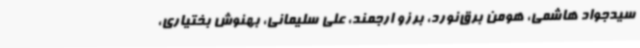
سیدجواد هاشمی، هومن برق‌نورد، برزو ارجمند، علی سلیمانی، بهنوش بختیاری،